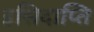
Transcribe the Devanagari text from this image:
इसिदाप्ति